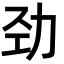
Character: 劲